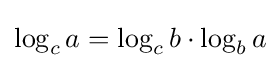
\log _{c}a=\log _{c}b\cdot \log _{b}a